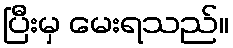
ပြီးမှ မေးရသည်။